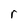
Character: r